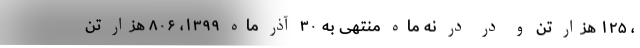
، ۱۲۵ هزار تن و در در نه ماه منتهی به ۳۰ آذر ماه ۱۳۹۹، ۸۰۶ هزار تن